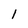
Character: 1